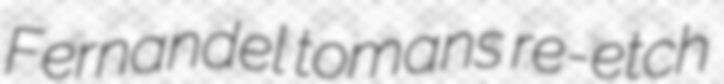
Fernandel tomans re-etch